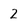
Character: 2